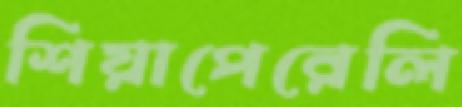
শিয়াপেরেলি